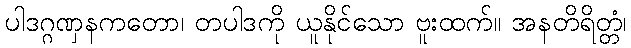
ပါဒဂ္ဂဏှနကတော၊ တပါဒကို ယူနိုင်သော ဗူးထက်။ အနတိရိတ္တံ၊